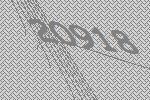
20918